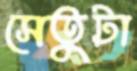
সেতুটা